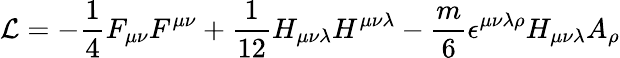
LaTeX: {\cal L}=-\frac{1}{4}F_{\mu\nu}F^{\mu\nu}+\frac{1}{12}H_{\mu\nu\lambda}H^{\mu\nu\lambda}-\frac{m}{6}\epsilon^{\mu\nu\lambda\rho}H_{\mu\nu\lambda}A_{\rho}